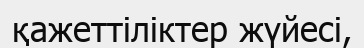
қажеттіліктер жүйесі,